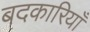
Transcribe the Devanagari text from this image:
बदकारियाँ